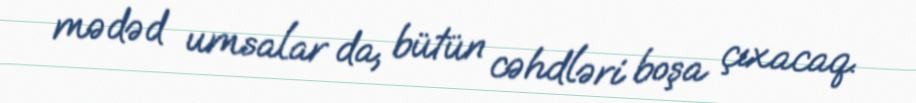
mədəd umsalar da, bütün cəhdləri boşa çıxacaq.